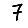
Digit: 7